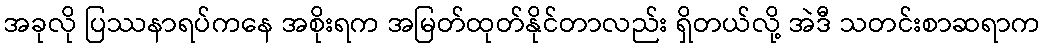
အခုလို ပြဿနာရပ်ကနေ အစိုးရက အမြတ်ထုတ်နိုင်တာလည်း ရှိတယ်လို့ အဲဒီ သတင်းစာဆရာက